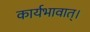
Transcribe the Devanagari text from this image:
कार्यभावात्।